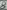
Text: 8